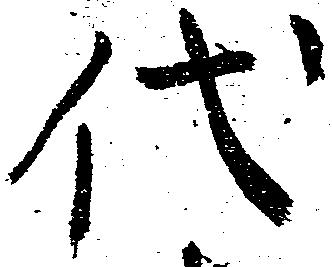
代